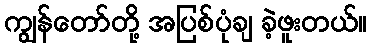
ကျွန်တော်တို့ အပြစ်ပုံချ ခဲ့ဖူးတယ်။